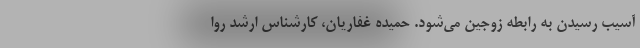
آسیب رسیدن به رابطه زوجین می‌شود. حمیده غفاریان، کارشناس ارشد روا